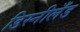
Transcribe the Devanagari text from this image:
डिस्नीलँड